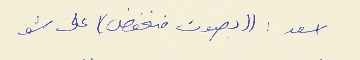
اسعد : (( بصوت منخفض)) على شو